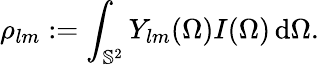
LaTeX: \rho_{lm}:=\int_{\mathbb{S}^{2}}Y_{lm}(\Omega)I(\Omega)\, \mathrm{d}\Omega.